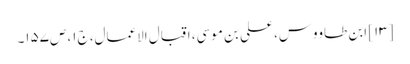
[۱۳] ابن طاووس، علی بن موسی، اقبال الاعمال، ج‌۱، ص‌۱۵۷۔